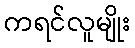
ကရင်လူမျိုး